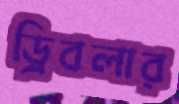
ড্রিবলার